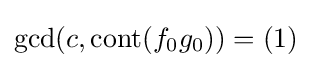
\gcd(c,\operatorname {cont} (f_{0}g_{0}))=(1)